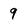
Character: 9